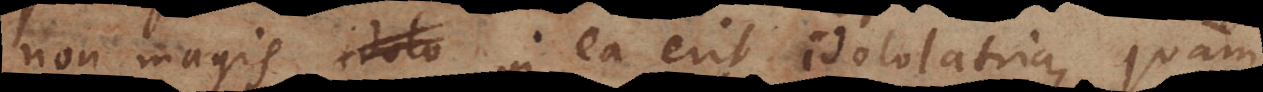
non magis in ea erit idololatria quam,